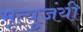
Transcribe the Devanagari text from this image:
मृत्युजंयी